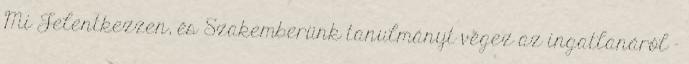
Mi Jelentkezzen, és Szakemberünk tanulmányt végez az ingatlanáról -